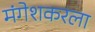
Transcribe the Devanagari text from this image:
मंगेशकरला